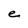
Character: e